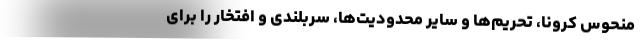
منحوس کرونا، تحریم‌ها و سایر محدودیت‌ها، سربلندی و افتخار را برای